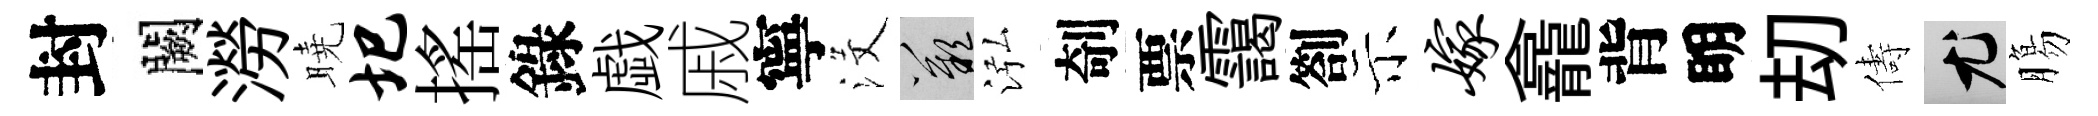
封闕澇曉圯搖錄戯戚寧沒嘆泓剞票靄劄示嫁龕背眀刧儔尤膓